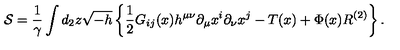
{ \cal S } = \frac { 1 } { \gamma } \int d _ { 2 } z \sqrt { - h } \left\{ { \frac { 1 } { 2 } } G _ { i j } ( x ) h ^ { \mu \nu } \partial _ { \mu } x ^ { i } \partial _ { \nu } x ^ { j } - T ( x ) + \Phi ( x ) R ^ { ( 2 ) } \right\} .